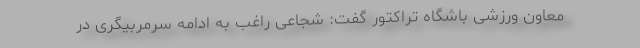
معاون ورزشی باشگاه تراکتور گفت: شجاعی راغب به ادامه سرمربیگری در